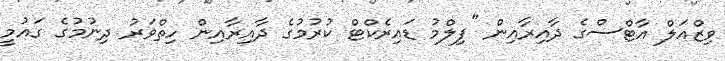
ވިޒްއަލް އާޓްސްގެ ދާއިރާއިން "ފިލްމު ޑައިރެކްޓް ކުރުމުގެ ދާއިރާއިން ހިތްވަރު ދިނުމުގެ ގައުމީ